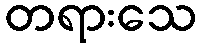
တရားသေ